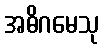
အဓိဂမေသု